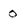
Character: 0